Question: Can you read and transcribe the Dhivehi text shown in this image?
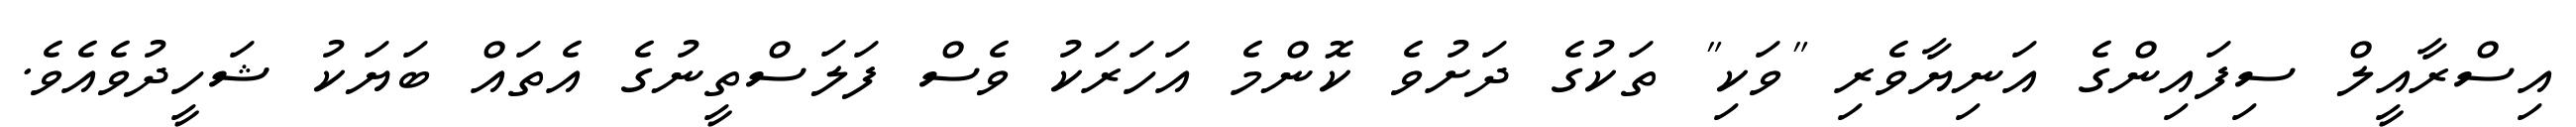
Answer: އިސްރާއީލް ސިފައިންގެ އަނިޔާވެރި "ވަކި" ތަކުގެ ދަށުވެ ކޮންމެ އަހަރަކު ވެސް ފަލަސްތީނުގެ އެތައް ބަޔަކު ޝަހީދުވެއެވެ.